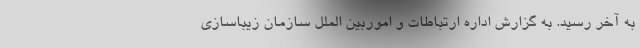
به آخر رسید. به گزارش اداره ارتباطات و اموربین الملل سازمان زیباسازی